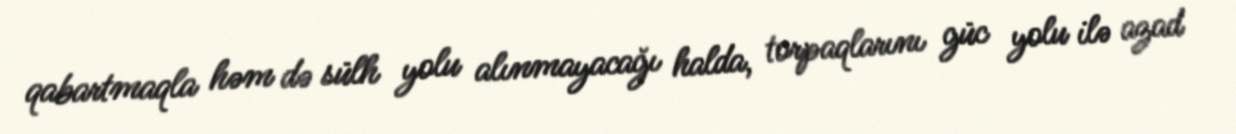
qabartmaqla həm də sülh yolu alınmayacağı halda, torpaqlarını güc yolu ilə azad